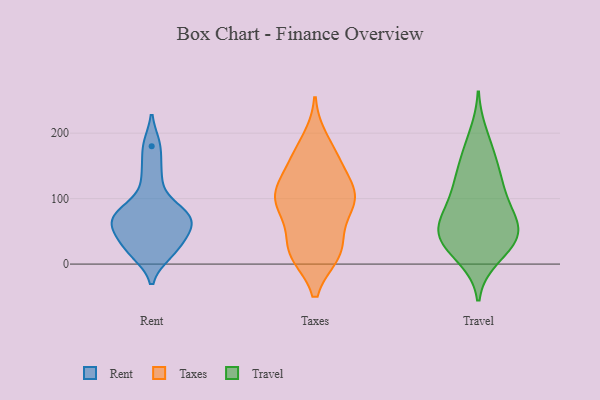
{"axis": {"x": "Market Share (%)", "y": "Value"}, "legend": ["Rent", "Taxes", "Travel"], "data": [{"x": "", "y": 86, "type": "Rent"}, {"x": "", "y": 17, "type": "Rent"}, {"x": "", "y": 38, "type": "Rent"}, {"x": "", "y": 63, "type": "Rent"}, {"x": "", "y": 61, "type": "Rent"}, {"x": "", "y": 22, "type": "Rent"}, {"x": "", "y": 79, "type": "Rent"}, {"x": "", "y": 65, "type": "Rent"}, {"x": "", "y": 180, "type": "Rent"}, {"x": "", "y": 135, "type": "Rent"}, {"x": "", "y": 108, "type": "Taxes"}, {"x": "", "y": 17, "type": "Taxes"}, {"x": "", "y": 157, "type": "Taxes"}, {"x": "", "y": 23, "type": "Taxes"}, {"x": "", "y": 152, "type": "Taxes"}, {"x": "", "y": 92, "type": "Taxes"}, {"x": "", "y": 76, "type": "Taxes"}, {"x": "", "y": 18, "type": "Taxes"}, {"x": "", "y": 188, "type": "Taxes"}, {"x": "", "y": 98, "type": "Taxes"}, {"x": "", "y": 18, "type": "Taxes"}, {"x": "", "y": 98, "type": "Taxes"}, {"x": "", "y": 26, "type": "Taxes"}, {"x": "", "y": 110, "type": "Taxes"}, {"x": "", "y": 92, "type": "Taxes"}, {"x": "", "y": 165, "type": "Taxes"}, {"x": "", "y": 116, "type": "Taxes"}, {"x": "", "y": 102, "type": "Travel"}, {"x": "", "y": 32, "type": "Travel"}, {"x": "", "y": 105, "type": "Travel"}, {"x": "", "y": 44, "type": "Travel"}, {"x": "", "y": 172, "type": "Travel"}, {"x": "", "y": 15, "type": "Travel"}, {"x": "", "y": 152, "type": "Travel"}, {"x": "", "y": 47, "type": "Travel"}, {"x": "", "y": 10, "type": "Travel"}, {"x": "", "y": 52, "type": "Travel"}, {"x": "", "y": 128, "type": "Travel"}, {"x": "", "y": 198, "type": "Travel"}, {"x": "", "y": 57, "type": "Travel"}, {"x": "", "y": 41, "type": "Travel"}, {"x": "", "y": 137, "type": "Travel"}, {"x": "", "y": 81, "type": "Travel"}, {"x": "", "y": 49, "type": "Travel"}, {"x": "", "y": 81, "type": "Travel"}]}